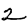
Digit: 2